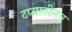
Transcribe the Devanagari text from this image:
टप्यातीलच